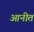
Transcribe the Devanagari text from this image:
आनीत